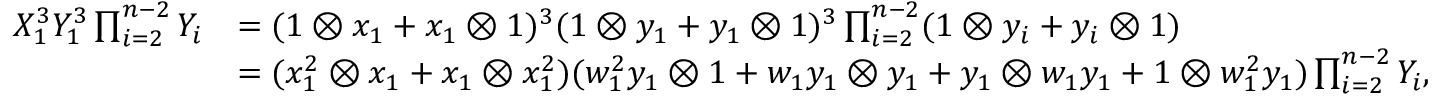
\begin{array} { r l } { X _ { 1 } ^ { 3 } Y _ { 1 } ^ { 3 } \prod _ { i = 2 } ^ { n - 2 } Y _ { i } } & { = ( 1 \otimes x _ { 1 } + x _ { 1 } \otimes 1 ) ^ { 3 } ( 1 \otimes y _ { 1 } + y _ { 1 } \otimes 1 ) ^ { 3 } \prod _ { i = 2 } ^ { n - 2 } ( 1 \otimes y _ { i } + y _ { i } \otimes 1 ) } \\ & { = ( x _ { 1 } ^ { 2 } \otimes x _ { 1 } + x _ { 1 } \otimes x _ { 1 } ^ { 2 } ) ( w _ { 1 } ^ { 2 } y _ { 1 } \otimes 1 + w _ { 1 } y _ { 1 } \otimes y _ { 1 } + y _ { 1 } \otimes w _ { 1 } y _ { 1 } + 1 \otimes w _ { 1 } ^ { 2 } y _ { 1 } ) \prod _ { i = 2 } ^ { n - 2 } Y _ { i } , } \end{array}